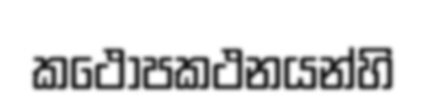
කථෝපකථනයන්හි